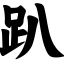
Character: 趴